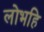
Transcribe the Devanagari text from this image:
लोभहि